Annual administration report of the Civil Veterinary Department, Sind - 1945-1946
Year: 1945
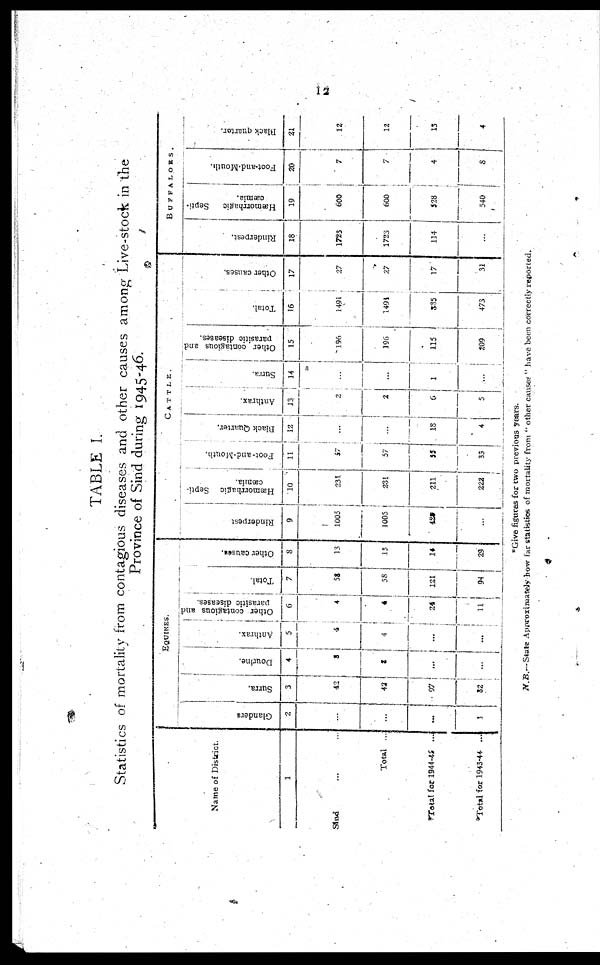
12
TABLE I.
Statistics of mortality from contagious diseases and other causes among Live-stock in the
Province of Sind during 1945-46.
Name of District.
Sind ... ...
Total ...
*Total for 1944-45 ...
*Total for 1943-44 ...
EQUINES.
Glanders
2
...
...
...
1
Surra.
3
42
...
97
82
Dourine.
4
8
...
...
...
Anthrax.
5
4
4
...
...
Other contagious and;
parasitic diseases.
6
4
4
24
11
Total.
7
58
58
121
94
Other causes.
8
13
13
14
29
CATTLE.
Rinderpest
9
1005
1005
423
...
Hasmorrhagic Septi-
cæmia.
10
231
231
211
222
Foot-and-Mouth.
11
57
57
55
33
Black Quarter.
12
...
...
18
4
Anthrax.
13
2
2
...
5
Surra.
14
...
...
1
...
Other contagious and
parasitic diseases.
15
196
196
115
209
Total.
16
1491
1491
535
473
Other causes.
17
27
27
17
31
BUFFALOES.
Rinderpest.
18
1723
1723
114
...
Hæmorrhagic
Septi-
cæmia.
19
600
600
528
540
Foot-and-Mouth.
20
7
7
4
3
Back quarter.
21
12
12
13
4
*Give figures for two previous years.
N.B.— State Approximately how far statistics of mortality from "other causes" have been correctly reported.